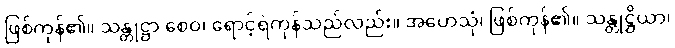
ဖြစ်ကုန်၏။ သန္တုဋ္ဌာ စေဝ၊ ရောင့်ရဲကုန်သည်လည်း။ အဟေသုံ၊ ဖြစ်ကုန်၏။ သန္တုဋ္ဌိယာ၊